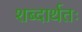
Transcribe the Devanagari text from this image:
शब्दार्थतः